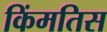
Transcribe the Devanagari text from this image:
किंमतिस